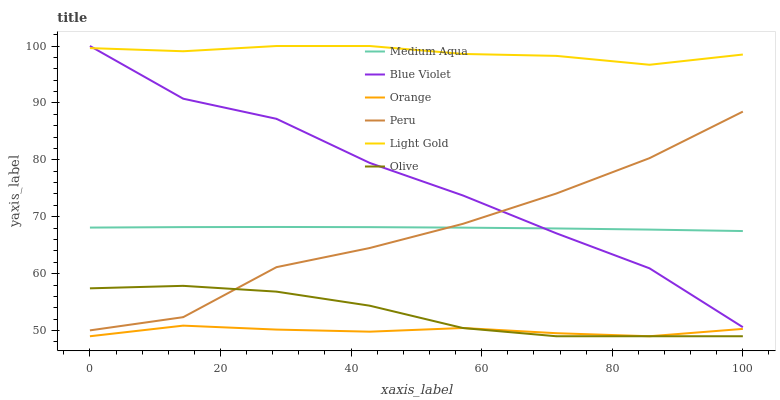
| xaxis_label | Medium Aqua | Blue Violet | Orange | Peru | Light Gold | Olive |
 | --- | --- | --- | --- | --- | --- | --- |
 | 0 | 68.1 | 100 | 49 | 50 | 99.6 | 57.4 |
 | 14.3 | 68.2 | 90.7 | 50.9 | 52.4 | 99.1 | 57.9 |
 | 28.6 | 68.2 | 87.2 | 50.2 | 61.1 | 100 | 56.8 |
 | 42.9 | 68.2 | 79.5 | 49.8 | 64.5 | 100 | 54.4 |
 | 57.1 | 68.1 | 73.7 | 50.4 | 68.8 | 98.6 | 50.4 |
 | 71.4 | 67.9 | 67.1 | 49.5 | 74.1 | 98.3 | 49 |
 | 85.7 | 67.7 | 60.9 | 49 | 80.3 | 96.7 | 49 |
 | 100 | 67.5 | 50.6 | 50.3 | 88.5 | 98.5 | 49 |